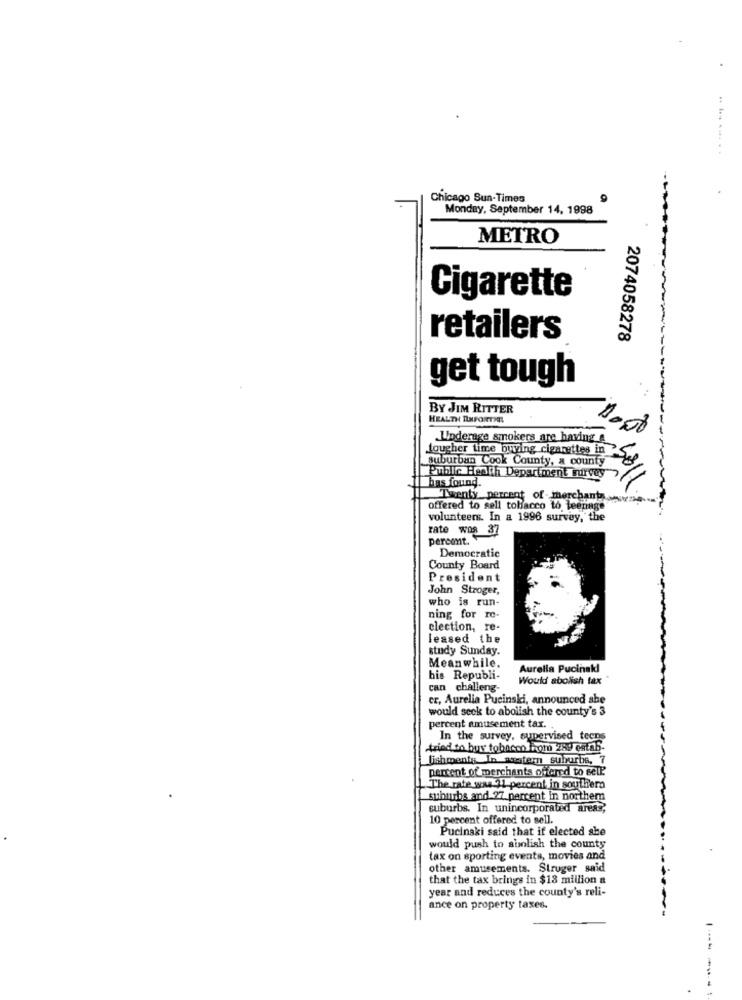
.. ... .....
Chicago Sun-Times
Monday, September 14, 1998
METRO
Cigarette
retailers
2074058278
get tough
BY JIM RITTER
HEALTH BEFORETHE
1000
Underage smokers are having &
lougher time buying cigarettes in
suburban Cook County, a county
bas found.
Public Health Department survey
Twenty percent of-merchanta ...
offered to sell tobacco to teenage
volunteers. In a 1996 survey, the
rate wos 37
percont.
Democratic
County Board
President
John Stroger,
who is run-
ning for re-
clection, re-
leased the
study Sunday.
Meanwhile,
Aurella Pucinakl
his Republi-
Would abolish tax
can challeng-
cr, Aurelia Pucinski, announced she
would seck to abolish the county's 3
percent amusement tax. .
In the survey, supervised teens
tried to hurt tobacco kom 289 estab-
ishments In austern suburbs, 7
percent of merchants offered to sell.
The rate was 11 percent in southera
suburbs and 27 percent in northem
suburbs. In unincorporated areas,
10 percent offered to sell.
Pucinaki said that if elected she
would push to abolish the county
tax on sporting events, movies and
other amusements. Struger said
that the tax brings in $18 million &
year and reduces the county's reli-
ance on property taxes.
-